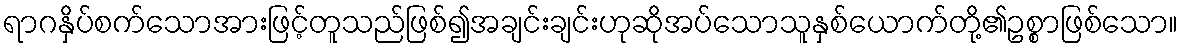
ရာဂနှိပ်စက်သောအားဖြင့်တူသည်ဖြစ်၍အချင်းချင်းဟုဆိုအပ်သောသူနှစ်ယောက်တို့၏ဥစ္စာဖြစ်သော။